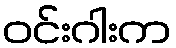
ဝင်းဂါးက